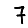
Digit: 7